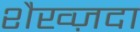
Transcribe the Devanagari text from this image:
शैख्ज़दा